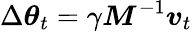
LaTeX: \Delta\boldsymbol{\theta}_{t}=\gamma\boldsymbol{M}^{-1}\boldsymbol{v}_{t}